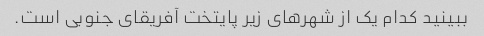
ببینید کدام یک از شهرهای زیر پایتخت آفریقای جنوبی است.